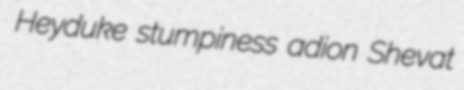
Heyduke stumpiness adion Shevat